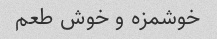
خوشمزه و خوش طعم